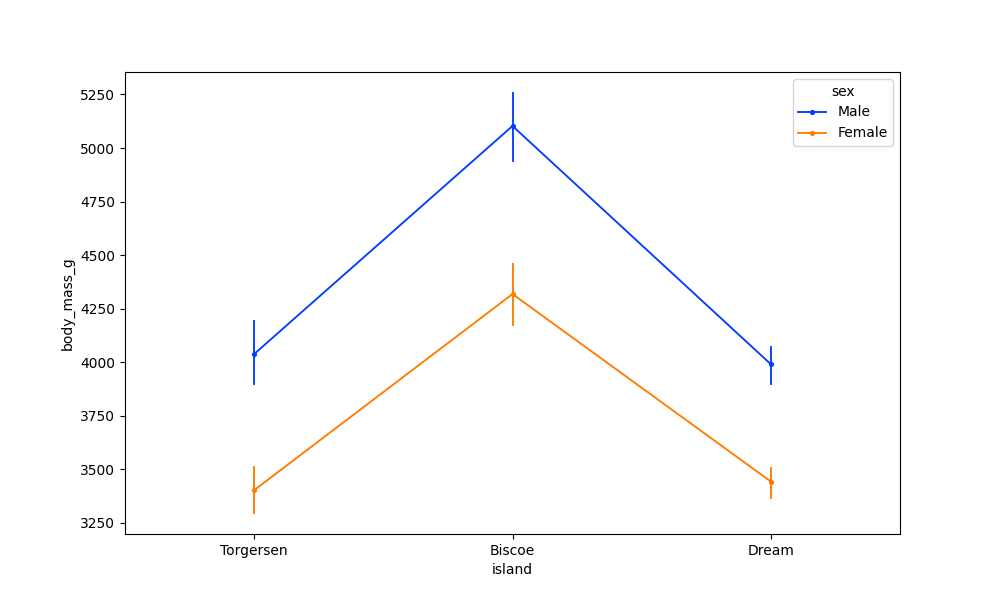
python, seaborn, pointplot, scale=0.5, join=True, hue='sex', palette='bright'